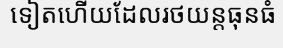
ទៀតហើយដែលរថយន្តធុនធំ